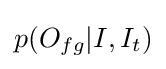
p(O_{fg}|I,I_{t})